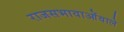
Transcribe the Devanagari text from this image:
राजसभावाओंवाले